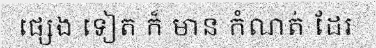
ផ្សេង ទៀត ក៏ មាន កំណត់ ដែរ